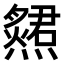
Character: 𤑩